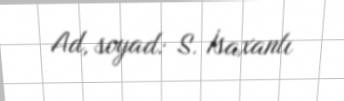
Ad, soyad: S. İsaxanlı